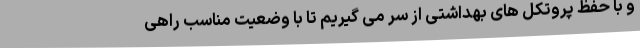
و با حفظ پروتکل های بهداشتی از سر می گیریم تا با وضعیت مناسب راهی